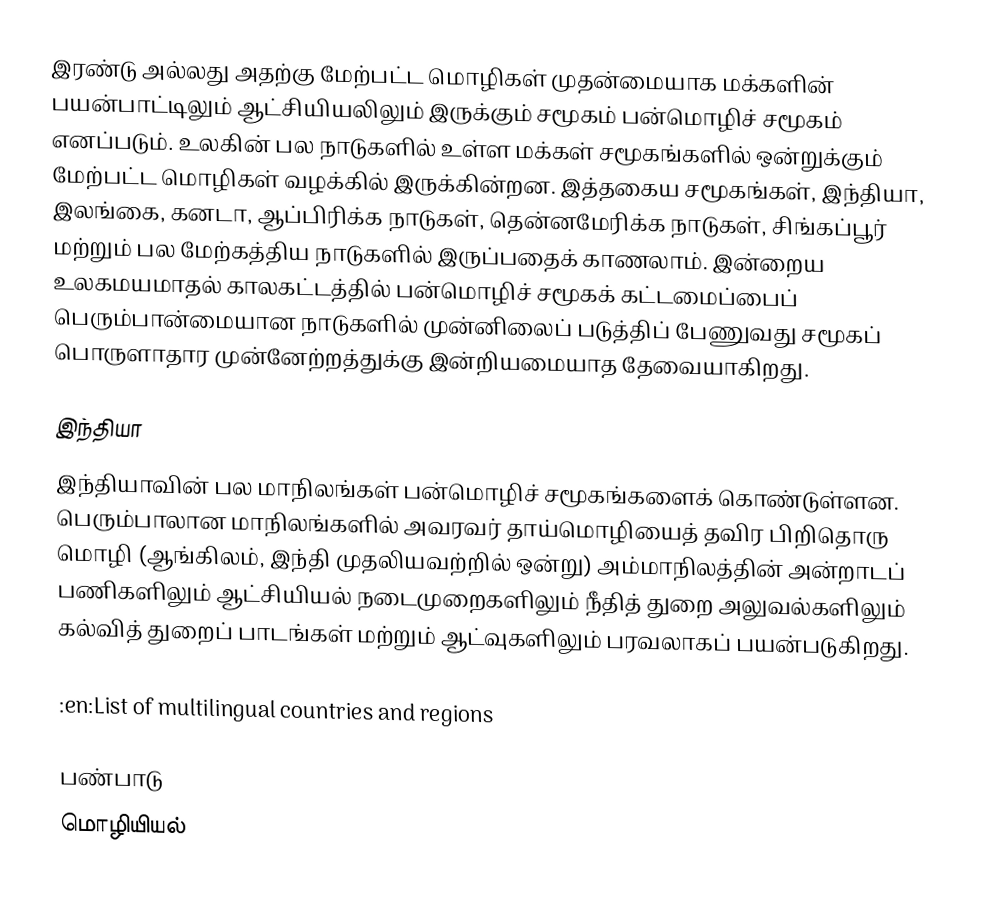
இரண்டு அல்லது அதற்கு மேற்பட்ட மொழிகள் முதன்மையாக மக்களின் பயன்பாட்டிலும் ஆட்சியியலிலும் இருக்கும் சமூகம் பன்மொழிச் சமூகம் எனப்படும்.  உலகின் பல நாடுகளில் உள்ள மக்கள் சமூகங்களில் ஒன்றுக்கும் மேற்பட்ட மொழிகள் வழக்கில் இருக்கின்றன. இத்தகைய சமூகங்கள், இந்தியா, இலங்கை, கனடா, ஆப்பிரிக்க நாடுகள், தென்னமேரிக்க நாடுகள், சிங்கப்பூர் மற்றும் பல மேற்கத்திய நாடுகளில் இருப்பதைக் காணலாம்.  இன்றைய உலகமயமாதல் காலகட்டத்தில் பன்மொழிச் சமூகக் கட்டமைப்பைப் பெரும்பான்மையான நாடுகளில் முன்னிலைப் படுத்திப் பேணுவது சமூகப் பொருளாதார முன்னேற்றத்துக்கு இன்றியமையாத தேவையாகிறது.

இந்தியா
இந்தியாவின் பல மாநிலங்கள் பன்மொழிச் சமூகங்களைக் கொண்டுள்ளன. பெரும்பாலான மாநிலங்களில் அவரவர் தாய்மொழியைத் தவிர பிறிதொரு மொழி (ஆங்கிலம், இந்தி முதலியவற்றில் ஒன்று) அம்மாநிலத்தின் அன்றாடப் பணிகளிலும் ஆட்சியியல் நடைமுறைகளிலும் நீதித் துறை அலுவல்களிலும் கல்வித் துறைப் பாடங்கள் மற்றும் ஆட்வுகளிலும் பரவலாகப் பயன்படுகிறது.

 :en:List of multilingual countries and regions

பண்பாடு
மொழியியல்